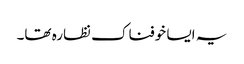
یہ ایسا خوفناک نظارہ تھا۔